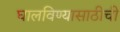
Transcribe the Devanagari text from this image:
घालविण्यासाठीची